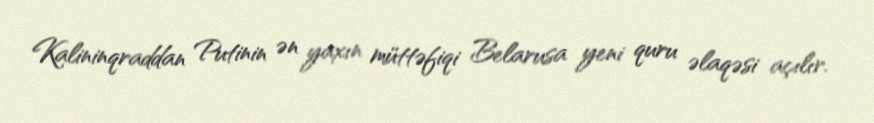
Kalininqraddan Putinin ən yaxın müttəfiqi Belarusa yeni quru əlaqəsi açılır.